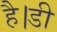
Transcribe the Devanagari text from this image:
है।डी